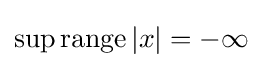
\sup \operatorname {range} |x|=-\infty